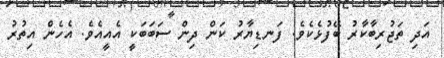
އަދި ތަޖުރިބާކާރު ބޭފުޅެކެވެ. ފަނޑިޔާރު ކަން ދިން ސަބަބަކީ އެއީއެވެ. އެހެން އިތުރު